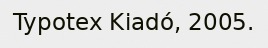
Typotex Kiadó, 2005.